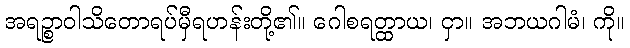
အရဉ္စာဝါသိတောရပ်မှီရဟန်းတို့၏။ ဂေါစရတ္ထာယ၊ ငှာ။ အဘယဂါမံ၊ ကို။